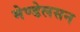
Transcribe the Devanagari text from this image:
मेण्डेलसन